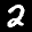
Label: 2